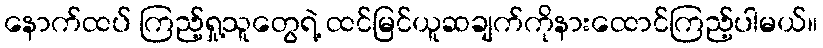
နောက်ထပ် ကြည့်ရှု့သူတွေရဲ့ ထင်မြင်ယူဆချက်ကိုနားထောင်ကြည့်ပါမယ်။